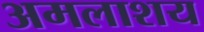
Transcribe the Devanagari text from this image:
अमलाशय